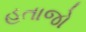
હતાજો